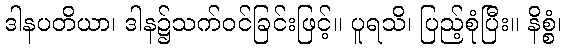
ဒါနပတိယာ၊ ဒါန၌သက်ဝင်ခြင်းဖြင့်။ ပူရသိ၊ ပြည့်စုံပြီး။ နိစ္စံ၊